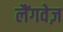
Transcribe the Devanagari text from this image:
लैंगवेज़